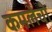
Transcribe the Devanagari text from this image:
कमलेची